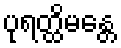
ပုရတ္ထိမန္တေ